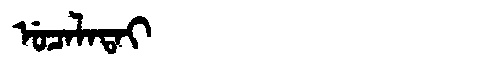
Manchu: ᡠᠴᠠᠯᠠᡨᠠᡳ
Romanization: UCALATAI